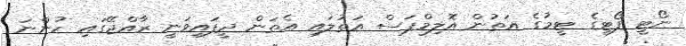
ނޯޓީ ފޯޓީގެ ޓީމުގެ އަތުން އޮލިމްޕަސް އަތުލައި އެތަން ދީފައިވަނީ ރާއްޖޭގައި ހުންނަ